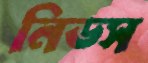
নিডস